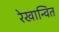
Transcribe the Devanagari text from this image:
रेखान्वित